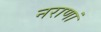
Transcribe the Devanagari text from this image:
नराणां